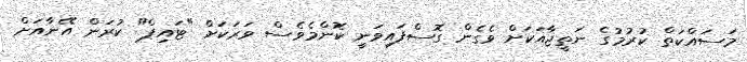
މަސައްކަތް ކުރުމުގެ ނަތީޖާއަކަށް ވެގެން ގޮސްފައިވަނީ ކޮންމެވެސް ވަރަކަށް "ޓައިޕް" ކުރަން އޭނާއަށް